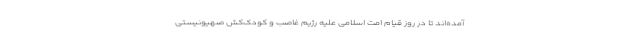
آمده‌اند تا در روز قیام امت اسلامی علیه رژیم غاصب و کودک‌کش صهیونیستی